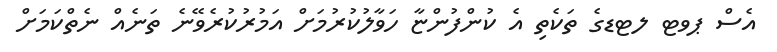
އެސް ޕވޓ ލޓޑގެ ތަކެތި އެ ކުންފުންޏާ ހަވާލުކުރުމަށް އަމުރުކުރެވޭނެ ތަނެއް ނެތްކަމަށް